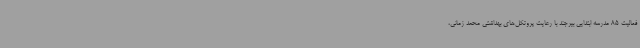
فعالیت 85 مدرسه ابتدایی بیرجند با رعایت پروتکل‌های بهداشتی محمد زمانی،